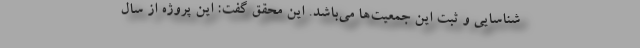
شناسایی و ثبت این جمعیت‌ها می‌باشد. این محقق گفت: این پروژه از سال